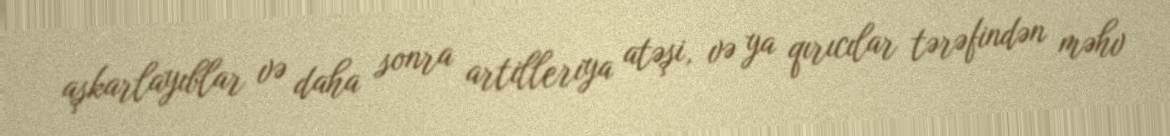
aşkarlayıblar və daha sonra artilleriya atəşi, və ya qırıcılar tərəfindən məhv